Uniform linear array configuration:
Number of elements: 8
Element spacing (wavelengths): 0.5
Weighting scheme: hann
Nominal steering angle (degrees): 45
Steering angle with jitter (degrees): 43.004
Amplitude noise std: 0.05
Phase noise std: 0.05

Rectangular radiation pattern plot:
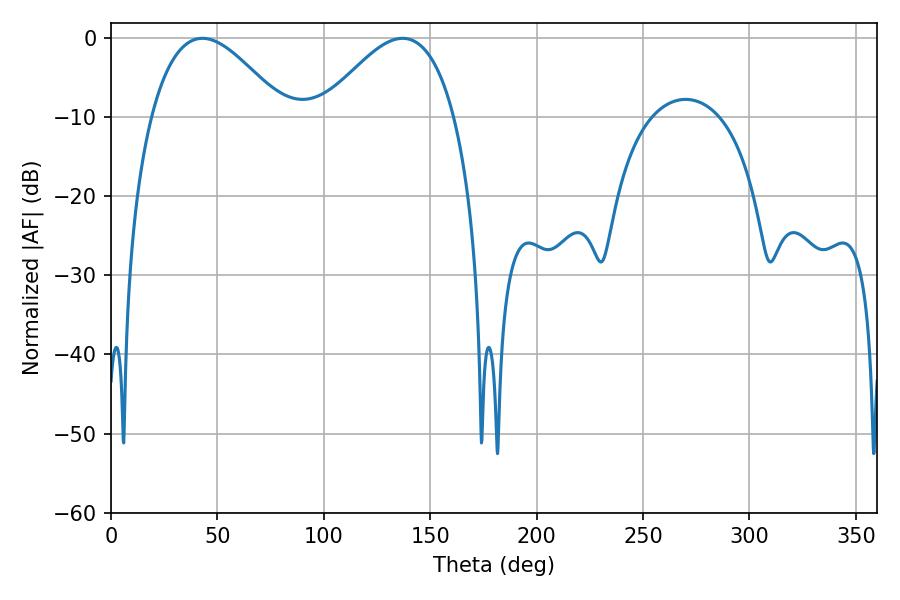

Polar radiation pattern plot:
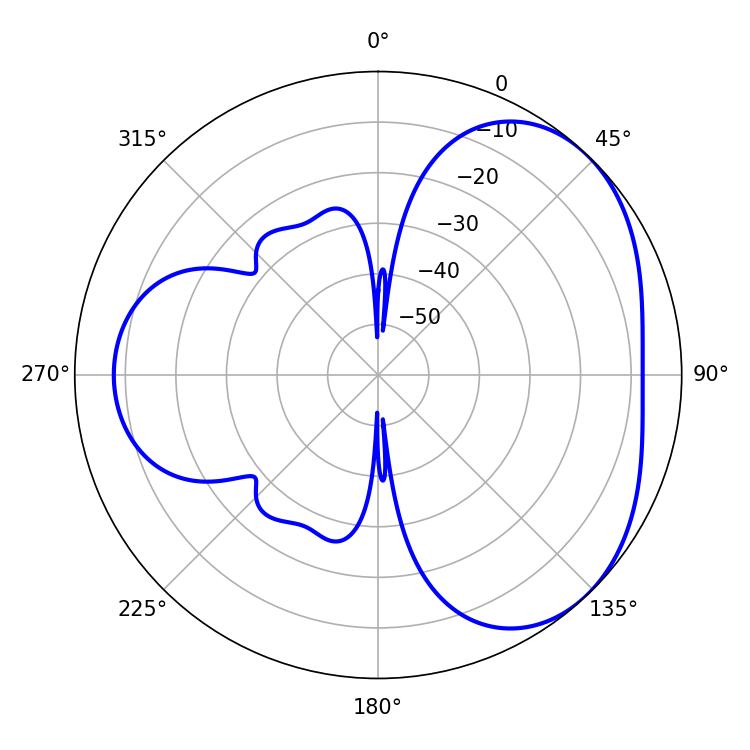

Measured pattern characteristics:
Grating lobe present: FALSE
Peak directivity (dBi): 3.735
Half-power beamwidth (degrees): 33.66
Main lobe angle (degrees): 43.02